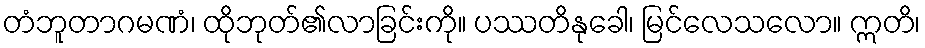
တံဘူတာဂမဏံ၊ ထိုဘုတ်၏လာခြင်းကို။ ပဿတိနုခေါ၊ မြင်လေသလော။ ဣတိ၊